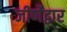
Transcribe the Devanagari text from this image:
जीर्णेद्वार